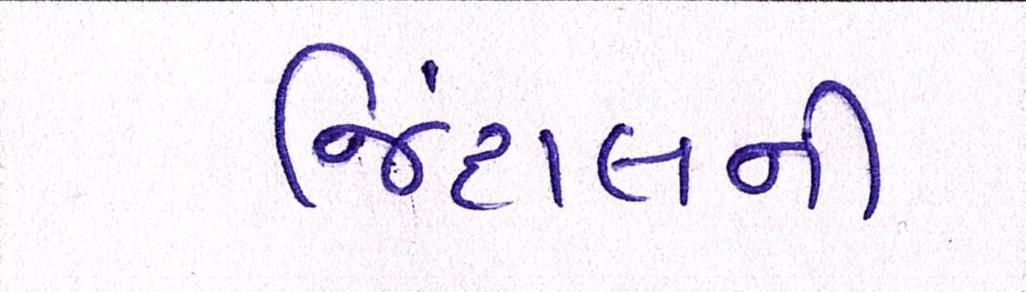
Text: જિંદાલની